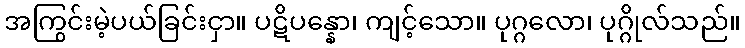
အကြွင်းမဲ့ပယ်ခြင်းငှာ။ ပဋိပန္နော၊ ကျင့်သော။ ပုဂ္ဂလော၊ ပုဂ္ဂိုလ်သည်။